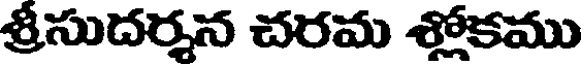
శ్రీసుదర్శన చరమ శ్లోకము